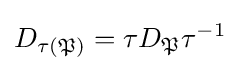
D_{\tau ({\mathfrak {P}})}=\tau D_{\mathfrak {P}}\tau ^{-1}